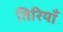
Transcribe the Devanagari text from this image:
तिरियाँ